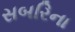
સબરિના